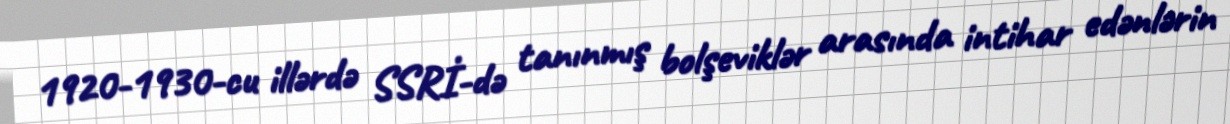
1920-1930-cu illərdə SSRİ-də tanınmış bolşeviklər arasında intihar edənlərin